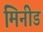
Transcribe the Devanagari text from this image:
मिनीड